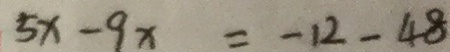
5 x - 9 x = - 1 2 - 4 8